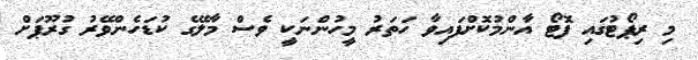
މި ރިޕޯޓުގައި ފޮޓޯ އާންމުކޮށްފައިވާ ހަތަރު މީހުންނަކީ ވެސް މާލޭގެ ކުޑަހެންވޭރު ގުރޫޕަށް